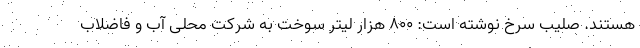
هستند. صلیب سرخ نوشته است: ۸۰۰ هزار لیتر سوخت به شرکت محلی آب و فاضلاب